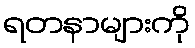
ရတနာများကို